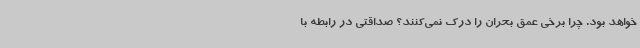
خواهد بود. چرا برخی عمق بحران را درک نمی‌کنند؟ صداقتی در رابطه با